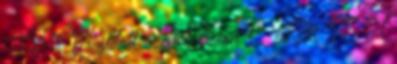
08B 2 Hajlított szem Vision L 10B1 IE H